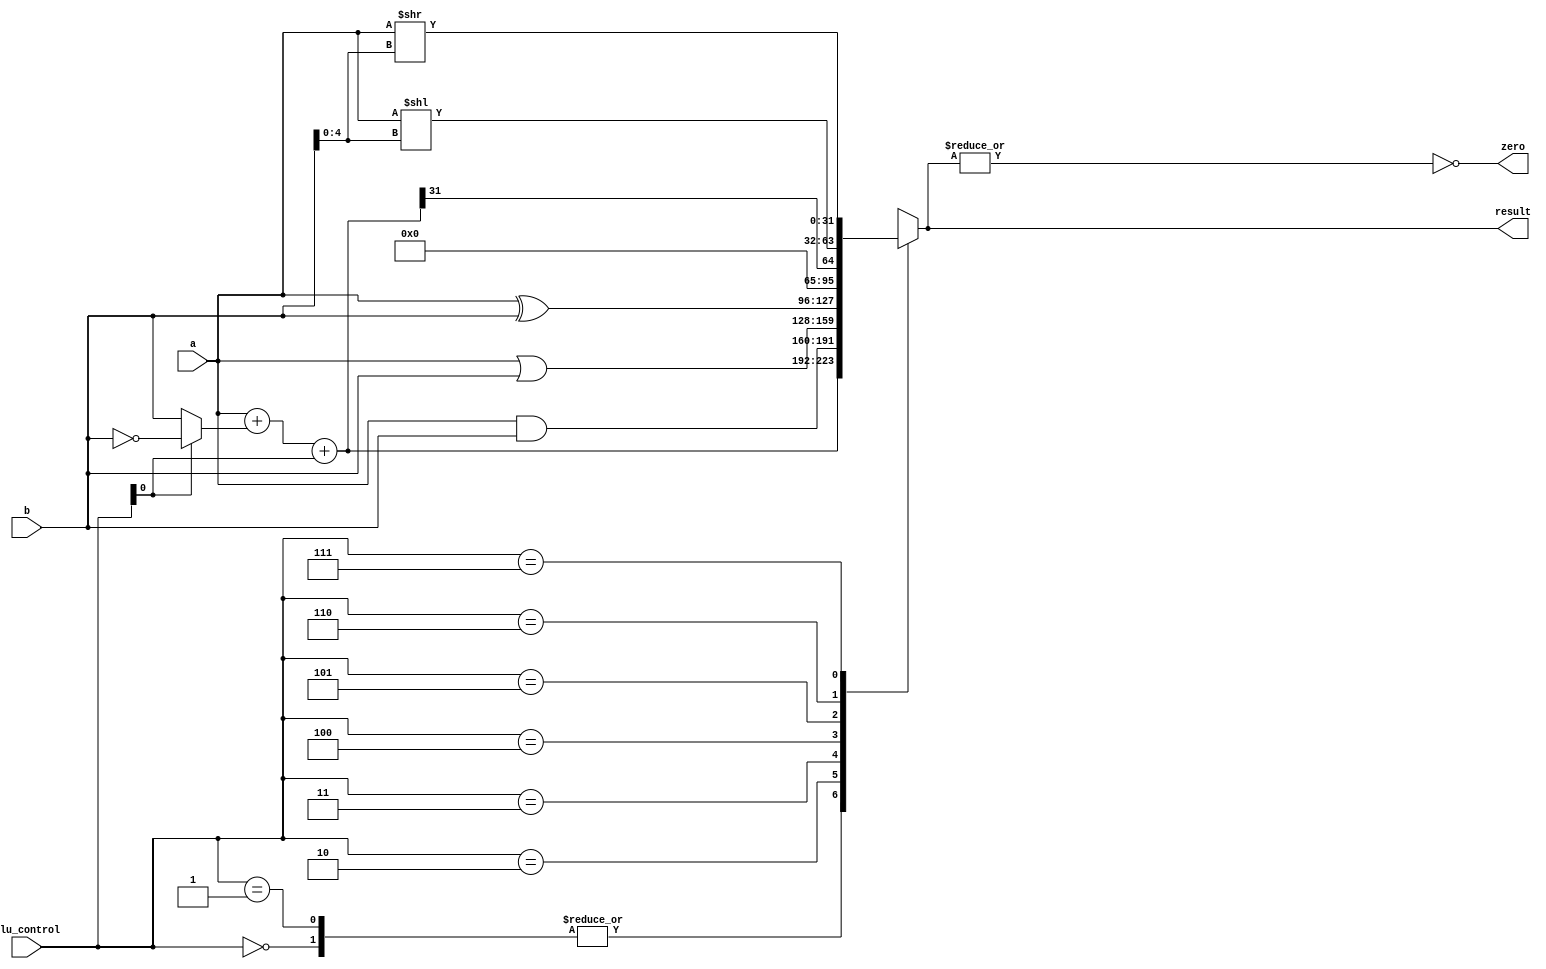
//alu unit
//support add,sub,and,or,xor,slt,sll,srl
module alu(input [2:0] alu_control,
			  input signed [31:0] a, b,
           output reg signed [31:0] result,
           output zero);

  wire signed [31:0] b_invb, sum;
  assign b_invb = alu_control[0] ? ~b : b;    
  assign sum = a + b_invb + alu_control[0];     
 //  alu_control[0]=0 in add ,alu_control[0]=1 in sub  
 
  always@(*)
  begin
    case (alu_control)
      3'd0:  result = sum;         			// add
      3'd1:  result = sum;         			// subtract
      3'd2:  result = a & b;       			// and
      3'd3:  result = a | b;          	// or
		  3'd4:  result = a ^ b;            // xor
		  3'd5:  result = {31'd0,sum[31]};  // slt
      3'd6:  result = a << b[4:0]; 			// sll
      3'd7:  result = a >> b[4:0]; 			// srl
      default: result = 32'bx;
    endcase
  end
  assign zero = ~ (| result);
endmodule